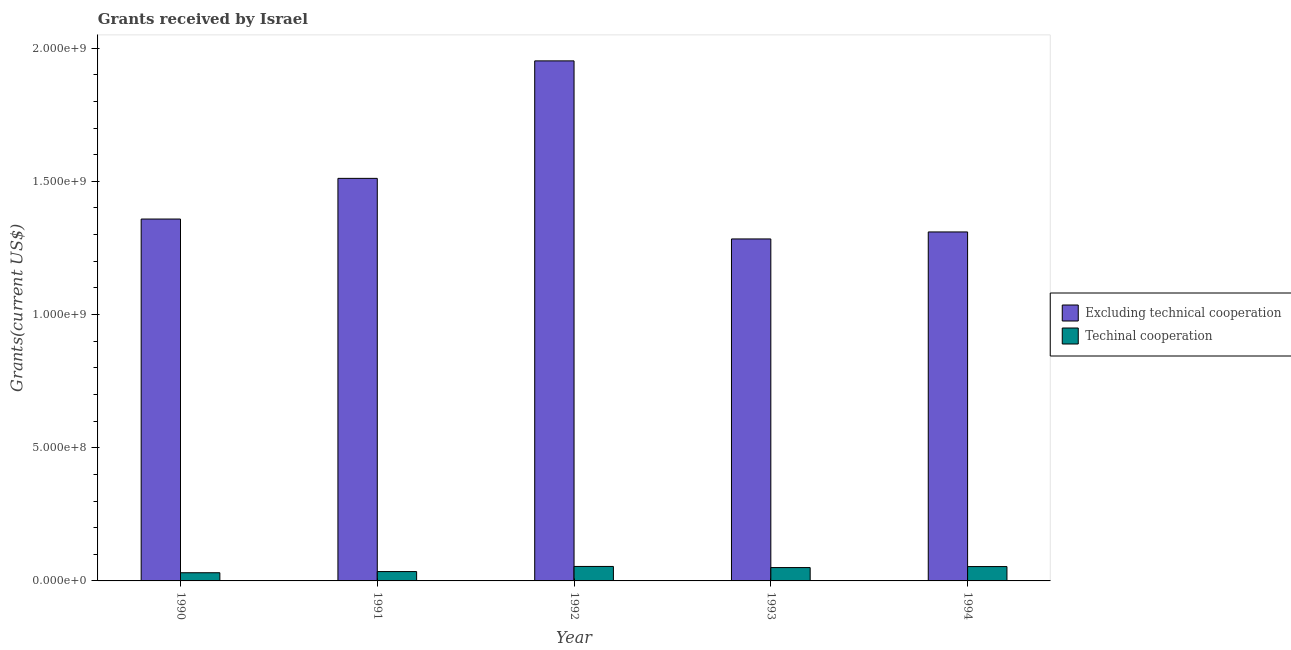
| Year | Excluding technical cooperation | Techinal cooperation |
 | --- | --- | --- |
 | 1990 | 1.36e+09 | 3.07e+07 |
 | 1991 | 1.51e+09 | 3.51e+07 |
 | 1992 | 1.95e+09 | 5.44e+07 |
 | 1993 | 1.28e+09 | 5.01e+07 |
 | 1994 | 1.31e+09 | 5.39e+07 |